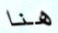
هنا